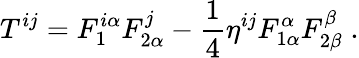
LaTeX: T^{ij}=F_{1}^{i\alpha}F_{2\alpha}^{j}-\frac 14\eta^{ij}F_{1\alpha}^{\alpha}F_{2\beta}^{\beta}\; .